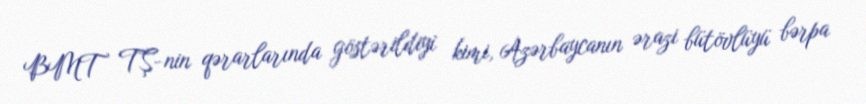
BMT TŞ-nin qərarlarında göstərildiyi kimi, Azərbaycanın ərazi bütövlüyü bərpa